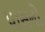
પાસનો